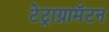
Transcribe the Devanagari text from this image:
टेट्राग्रामॅटन